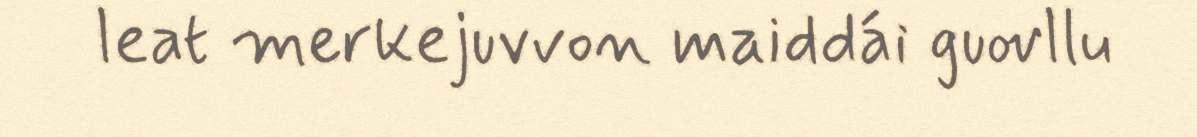
leat merkejuvvon maiddái guovllu